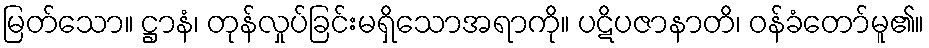
မြတ်သော။ ဋ္ဌာနံ၊ တုန်လှုပ်ခြင်းမရှိသောအရာကို။ ပဋိပဇာနာတိ၊ ဝန်ခံတော်မူ၏။